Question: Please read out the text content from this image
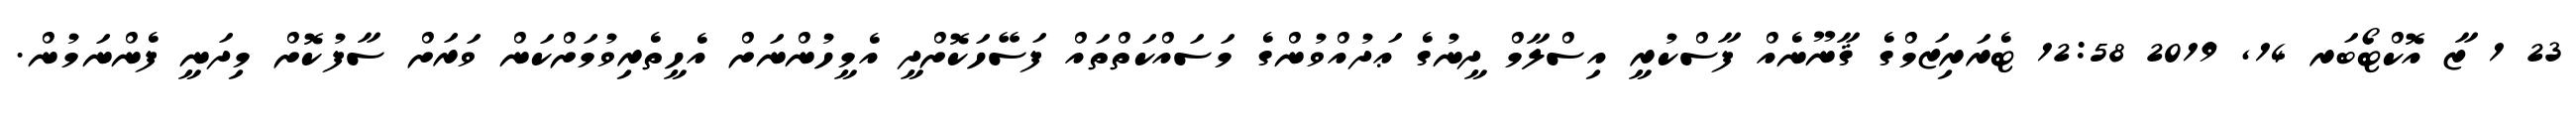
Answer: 23 1 ޒާ އޮކްޓޯބަރ 14, 2019 12:58 ޓެރަރިޒަމްގެ ޤާނޫނެއް ފާސްކުރީ އިސްލާމް ދީނުގެ ޢަދުއްވުންގެ މަސައްކަތްތައް ފަސޭހަކޮށްދީ އެމީހުންނަށް އެހީތެރިވުމަށްކަން ވަރަށް ސާފުކޮށް މިދަނީ ފެންނަމުން.